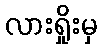
လားရှိုးမှ